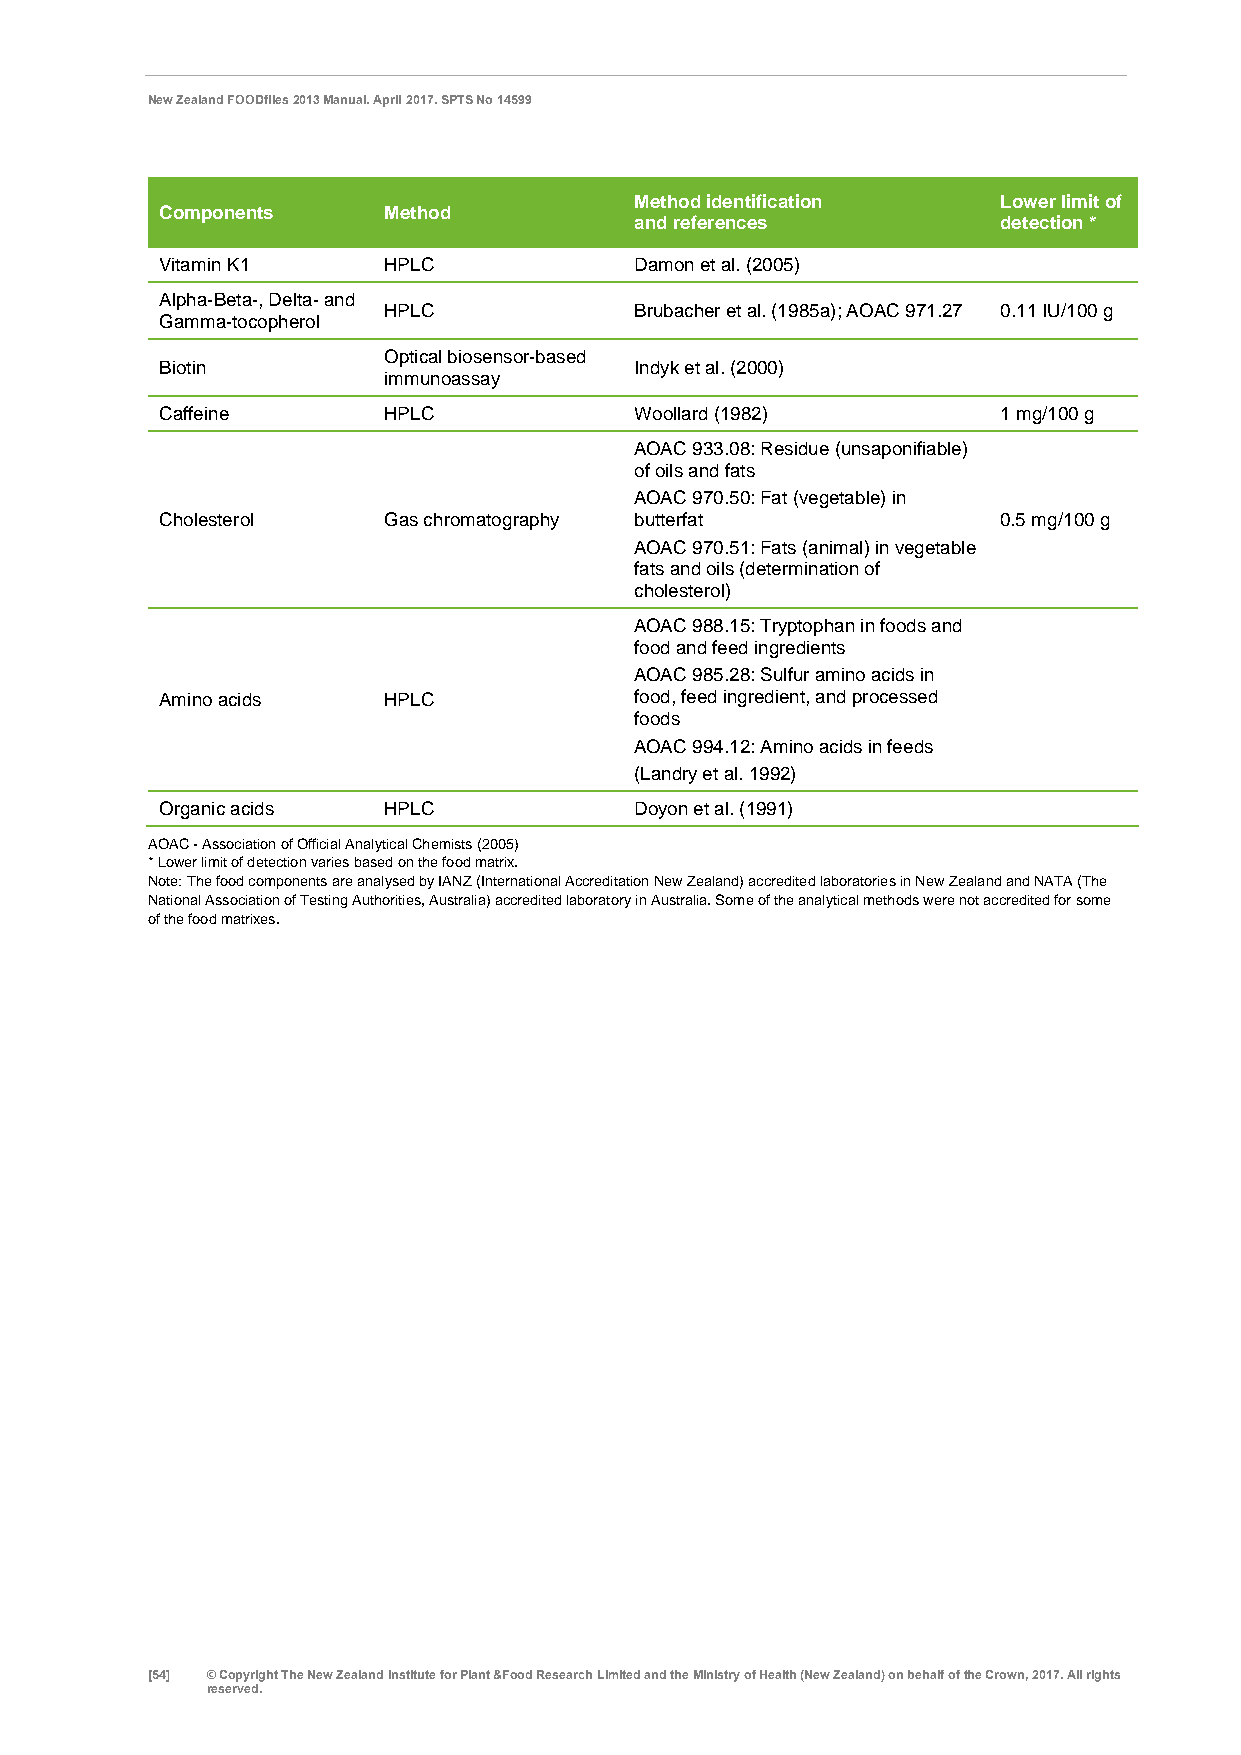
New Zealand FOODfiles 2013 Manual. April 2017. SPTS No 14599
 Method identification   Lower limit of
 Components    Method
 and references          detection *
 Vitamin K1    HPLC             Damon et al. (2005)
 Alpha-Beta-, Delta- and
 HPLC             Brubacher et al. (1985a); AOAC 971.27 0.11 IU/100 g
 Gamma-tocopherol
 Optical biosensor-based
 Biotin                         Indyk et al. (2000)
 immunoassay
 Caffeine      HPLC             Woollard (1982)         1 mg/100 g
 AOAC 933.08: Residue (unsaponifiable)
 of oils and fats
 AOAC 970.50: Fat (vegetable) in
 Cholesterol   Gas chromatography butterfat             0.5 mg/100 g
 AOAC 970.51: Fats (animal) in vegetable
 fats and oils (determination of
 cholesterol)
 AOAC 988.15: Tryptophan in foods and
 food and feed ingredients
 AOAC 985.28: Sulfur amino acids in
 Amino acids   HPLC             food, feed ingredient, and processed
 foods
 AOAC 994.12: Amino acids in feeds
 (Landry et al. 1992)
 Organic acids HPLC             Doyon et al. (1991)
 AOAC - Association of Official Analytical Chemists (2005)
 * Lower limit of detection varies based on the food matrix.
 Note: The food components are analysed by IANZ (International Accreditation New Zealand) accredited laboratories in New Zealand and NATA (The
 National Association of Testing Authorities, Australia) accredited laboratory in Australia. Some of the analytical methods were not accredited for some
 of the food matrixes.
 [54] © Copyright The New Zealand Institute for Plant &Food Research Limited and the Ministry of Health (New Zealand) on behalf of the Crown, 2017. All rights
 reserved.